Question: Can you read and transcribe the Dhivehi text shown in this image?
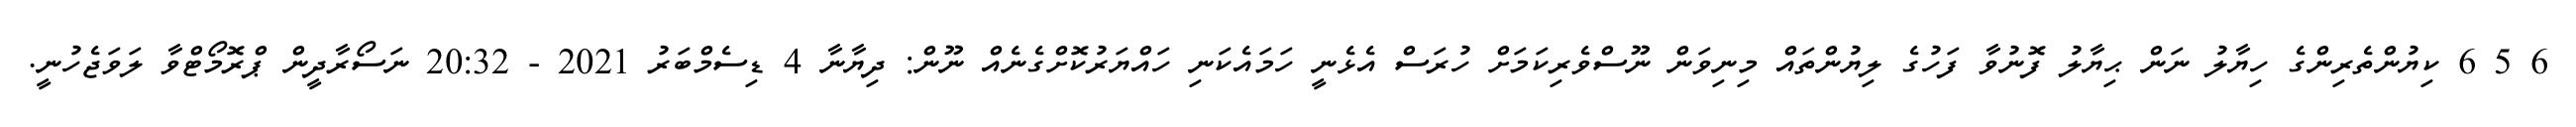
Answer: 6 5 6 ކިޔުންތެރިންގެ ހިޔާލު ނަން ޙިޔާލު ފޮނުވާ ފަހުގެ ލިޔުންތައް މިނިވަން ނޫސްވެރިކަމަށް ހުރަސް އެޅެނީ ހަމައެކަނި ހައްޔަރުކޮށްގެނެއް ނޫން: ދިޔާނާ 4 ޑިސެމްބަރު 2021 - 20:32 ނަސޯރާދީން ޕްރޮމޯޓްވާ ލަވަޖެހުނީ.